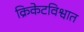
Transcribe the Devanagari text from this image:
क्रिकेटविश्वात